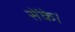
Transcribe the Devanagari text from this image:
सेंके।